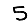
Digit: 5